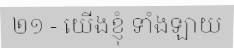
២១ - យើងខ្ញុំ ទាំងឡាយ